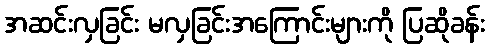
အဆင်းလှခြင်း မလှခြင်းအကြောင်းများကို ပြဆိုခန်း